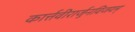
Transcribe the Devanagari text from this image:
कार्त्तवीरार्जुनविजयम्